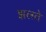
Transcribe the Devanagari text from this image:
झलते